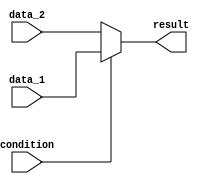
module conditional_assign (
    input wire condition,
    input wire data_1,
    input wire data_2,
    output reg result
);

always @(*) begin
    if (condition) begin
        result = data_1;
    end else begin
        result = data_2;
    end
end

endmodule